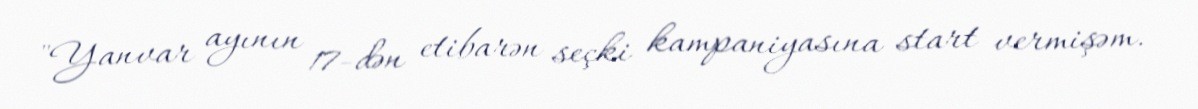
"Yanvar ayının 17-dən etibarən seçki kampaniyasına start vermişəm.